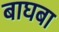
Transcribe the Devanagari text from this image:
बाघबा